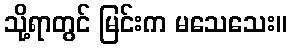
သို့ရာတွင် မြင်းက မသေသေး။